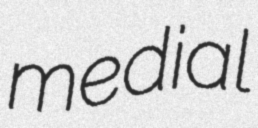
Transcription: medial